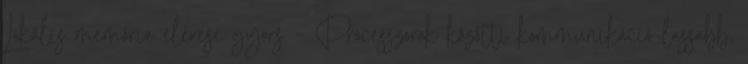
Lokális memória elérése gyors – Processzorok közötti kommunikáció lassabb,